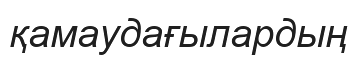
қамаудағылардың